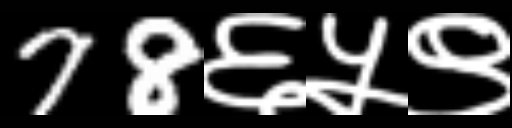
Text: 78६५९